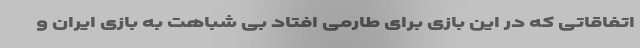
اتفاقاتی که در این بازی برای طارمی افتاد بی شباهت به بازی ایران و